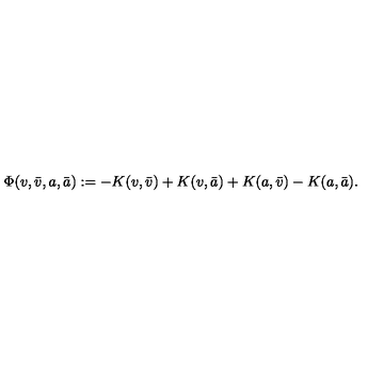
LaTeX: \Phi ( v , \bar { v } , a , \bar { a } ) : = - K ( v , \bar { v } ) + K ( v , \bar { a } ) + K ( a , \bar { v } ) - K ( a , \bar { a } ) .